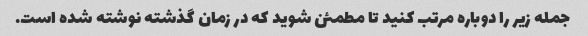
جمله زیر را دوباره مرتب کنید تا مطمئن شوید که در زمان گذشته نوشته شده است.